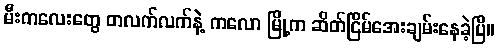
မီးကလေးတွေ တလက်လက်နဲ့ ကလော မြို့က ဆိတ်ငြိမ်အေးချမ်းနေခဲ့ပြီ။